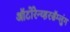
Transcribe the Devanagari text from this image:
ऑटोरेन्व्हरसॅम्लुंग